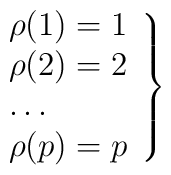
\left.\begin{array}{l}\rho(1)=1\\\rho(2)=2\\\ldots \\\rho(p)=p\end{array}\right\}